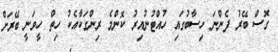
ގޮސް ބޭރު ފެންނަ ހިސާބުގައި ހުއްޓުނުއިރު ކޮންމެ ރިންގަކާއެކު ހިތް ހީވަނީ ބޭރަށް